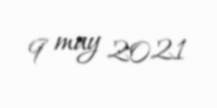
9 may 2021